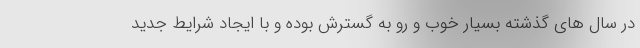
در سال های گذشته بسیار خوب و رو به گسترش بوده و با ایجاد شرایط جدید